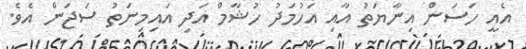
އެއީ ހަސަން އިނާޔަތު އާއި އަހުމަދު ހުޝާމް އަދި އައިމިނަތު ސަޖަން އެވެ.